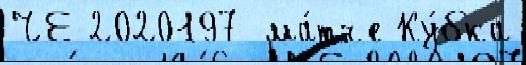
ЧЕ-2020197  ма́тче Ку́бка